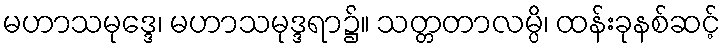
မဟာသမုဒ္ဒေ၊ မဟာသမုဒ္ဒရာ၌။ သတ္တတာလမ္ပိ၊ ထန်းခုနစ်ဆင့်